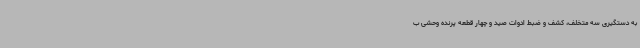
به دستگیری سه متخلف، کشف و ضبط ادوات صید و چهار قطعه پرنده وحشی ب